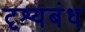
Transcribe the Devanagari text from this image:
दृश्यबंध